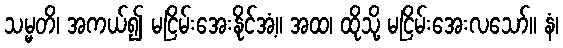
သမ္မတိ၊ အကယ်၍ မငြိမ်းအေးနိုင်အံ့။ အထ၊ ထိုသို့ မငြိမ်းအေးလသော်။ နံ၊